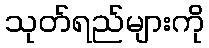
သုတ်ရည်များကို